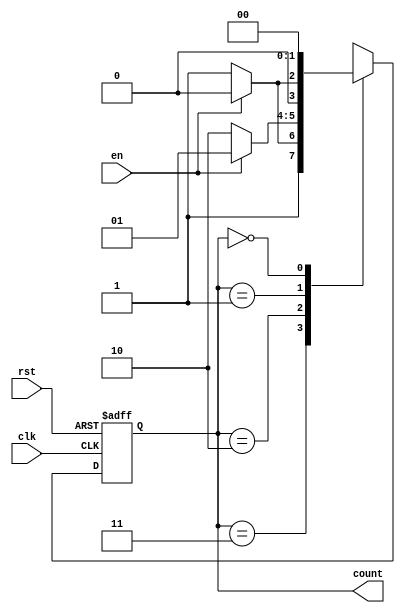
module down_counter_moore (
    input wire clk,        // Clock signal
    input wire rst,        // Asynchronous reset
    input wire en,         // Enable signal
    output reg [1:0] count // 2-bit output representing the current count value
);
    
    // State encoding
    localparam S3 = 2'b11; // State 3 (count = 3)
    localparam S2 = 2'b10; // State 2 (count = 2)
    localparam S1 = 2'b01; // State 1 (count = 1)
    localparam S0 = 2'b00; // State 0 (count = 0)

    // Current state
    reg [1:0] current_state, next_state;

    // State transition on clock edge
    always @(posedge clk or posedge rst)
    begin
        if (rst) 
            current_state <= S3; // Reset to maximum state
        else
            current_state <= next_state; // Transition to next state
    end

    // Next state logic
    always @(*)
    begin
        case (current_state)
            S3: next_state = (en) ? S2 : S3; // Count down if enabled
            S2: next_state = (en) ? S1 : S2; // Count down if enabled
            S1: next_state = (en) ? S0 : S1; // Count down if enabled
            S0: next_state = S0;              // Stay in state S0
            default: next_state = S3;         // Default to maximum state
        endcase
    end

    // Output logic (Moore machine: output depends on the state)
    always @(current_state)
    begin
        count = current_state; // Output is the current state value
    end

endmodule